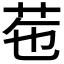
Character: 𦭥